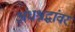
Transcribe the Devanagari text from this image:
अंधश्रद्धांवर